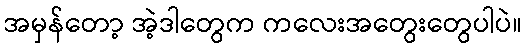
အမှန်တော့ အဲ့ဒါတွေက ကလေးအတွေးတွေပါပဲ။